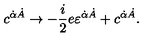
c ^ { \dot { \alpha } \dot { A } } \rightarrow - { \frac { i } { 2 } } e \varepsilon ^ { \dot { \alpha } \dot { A } } + c ^ { \dot { \alpha } \dot { A } } .